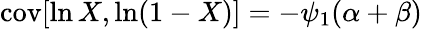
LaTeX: \operatorname{cov}[\ln X,\ln(1-X)]=-\psi_{1}(\alpha+\beta)